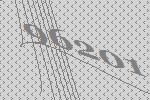
96201